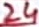
Text: 24